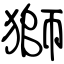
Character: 獅